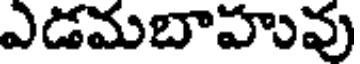
ఎడమబాహువు